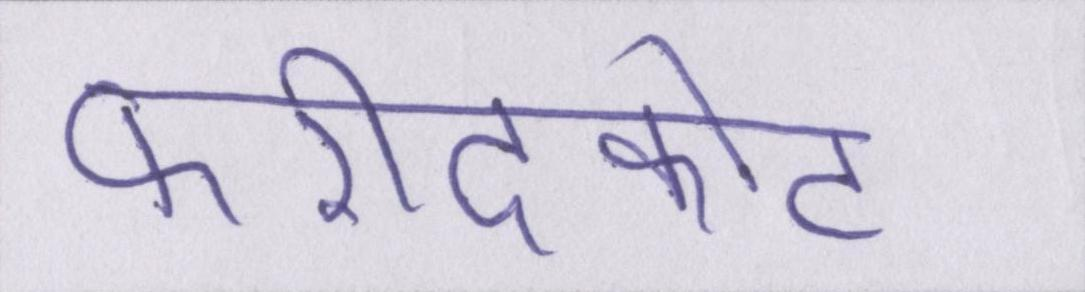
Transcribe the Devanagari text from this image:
फरीदकोट